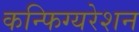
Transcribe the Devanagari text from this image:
कन्फिग्यरेशन